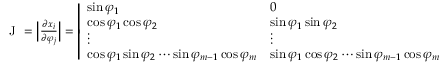
\begin{array} { r } { \mathrm { ~ J ~ } = \Bigl | \frac { \partial x _ { i } } { \partial \varphi _ { j } } \Bigr | = \left| \begin{array} { l l l l } { \sin \varphi _ { 1 } } & { 0 } & { \cdots } & { 0 } \\ { \cos \varphi _ { 1 } \cos \varphi _ { 2 } } & { \sin \varphi _ { 1 } \sin \varphi _ { 2 } } & { \cdots } & { 0 } \\ { \vdots } & { \vdots } & { \ddots } & { \vdots } \\ { \cos \varphi _ { 1 } \sin \varphi _ { 2 } \cdots \sin \varphi _ { m - 1 } \cos \varphi _ { m } } & { \sin \varphi _ { 1 } \cos \varphi _ { 2 } \cdots \sin \varphi _ { m - 1 } \cos \varphi _ { m } } & { \cdots } & { \sin \varphi _ { 1 } \cdots \sin \varphi _ { m } } \end{array} \right| } \end{array}